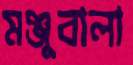
মঞ্জুবালা